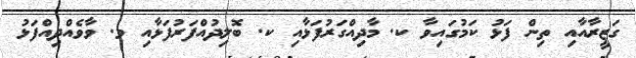
ގަޒީރާއާއި ތިން ފަޅު ކަމުގައިވާ ކ. މާދިއްގަރުފަޅާއި ކ. ބޮލިދުއްފަރުފަޅާއި ވ. ވާވެއްދިއްފަޅު